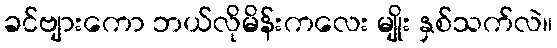
ခင်ဗျားကော ဘယ်လိုမိန်းကလေး မျိုး နှစ်သက်လဲ။